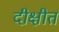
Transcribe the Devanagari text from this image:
दीक्षीत